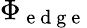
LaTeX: \Phi_{\mathrm{~e~d~g~e~}}